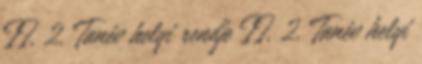
II. 2. Tanév helyi rendje II. 2. Tanév helyi